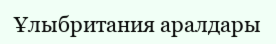
Ұлыбритания аралдары